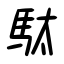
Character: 駄